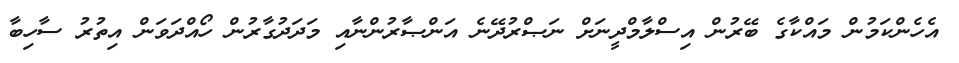
އެހެންކަމުން މައްކާގެ ބޭރުން އިސްލާމްދީނަށް ނަޞްރުދޭނެ އަންޞާރުންނާއި މަދަދުގާރުން ހޯއްދަވަން އިތުރު ސާހިބާ